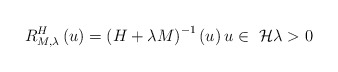
\begin{align*}R_{M,\lambda }^{H}\left( u\right) =\left( H+\lambda M\right) ^{-1}\left(u\right) u\in \emph{~}\mathcal{H}\lambda >0 \end{align*}